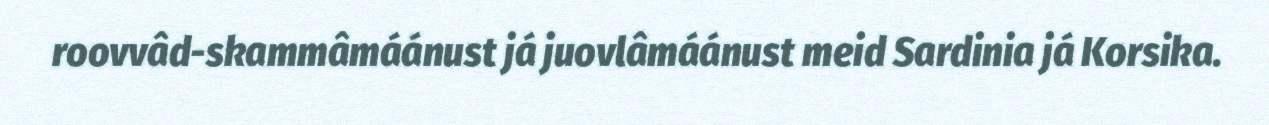
roovvâd-skammâmáánust já juovlâmáánust meid Sardinia já Korsika.